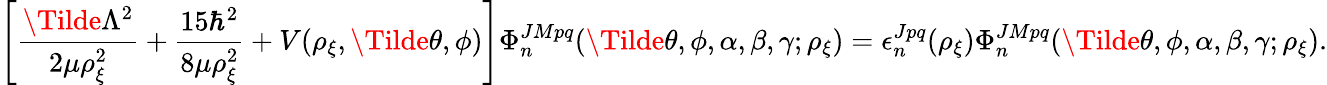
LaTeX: \left[\frac{\Tilde{\Lambda}^{2}}{2\mu\rho_{\xi}^{2}}+\frac{15\hbar^{2}}{8\mu\rho_{\xi}^{2}}+V(\rho_{\xi},\Tilde{\theta},\phi)\right]\Phi_{n}^{JMpq}(\Tilde{\theta},\phi,\alpha,\beta,\gamma;\rho_{\xi})=\epsilon_{n}^{Jpq}(\rho_{\xi})\Phi_{n}^{JMpq}(\Tilde{\theta},\phi,\alpha,\beta,\gamma;\rho_{\xi}).